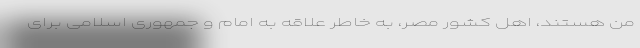
من هستند، اهل کشور مصر، به خاطر علاقه به امام و جمهوری اسلامی برای